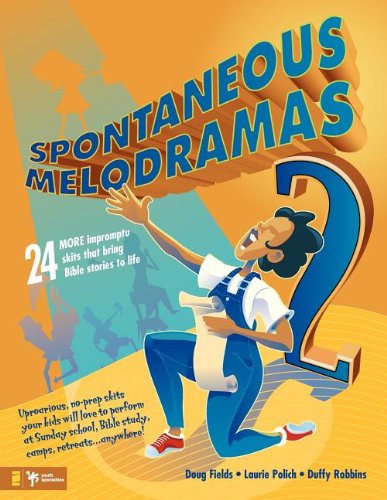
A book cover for Spontaneous Melodramas 2; Doug Fields; Literature & Fiction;